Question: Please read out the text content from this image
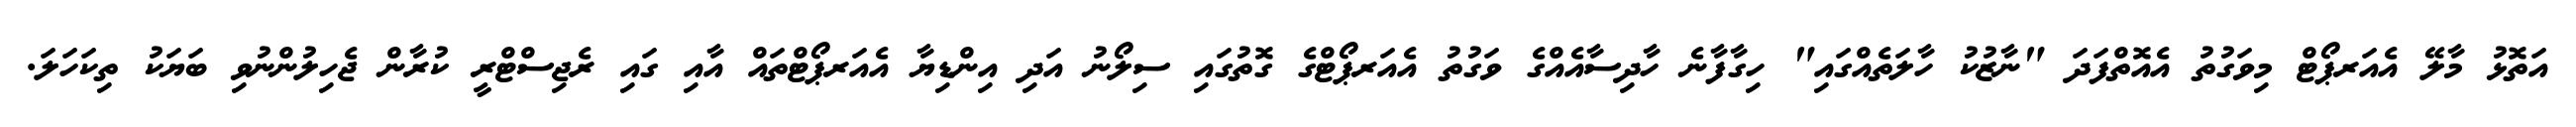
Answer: އަތޮޅު މާލޭ އެއަރޕޯޓް މިވަގުތު އެއޮތްފަދަ "ނާޒުކު ހާލަތެއްގައި" ހިގާފާނެ ހާދިސާއެއްގެ ވަގުތު އެއަރޕޯޓްގެ ގޮތުގައި ސިލޯނު އަދި އިންޑިޔާ އެއަރޕޯޓްތައް އާއި ގައި ރެޖިސްޓްރީ ކުރާން ޖެހިލުންނުވި ބަޔަކު ތިކަހަލަ.